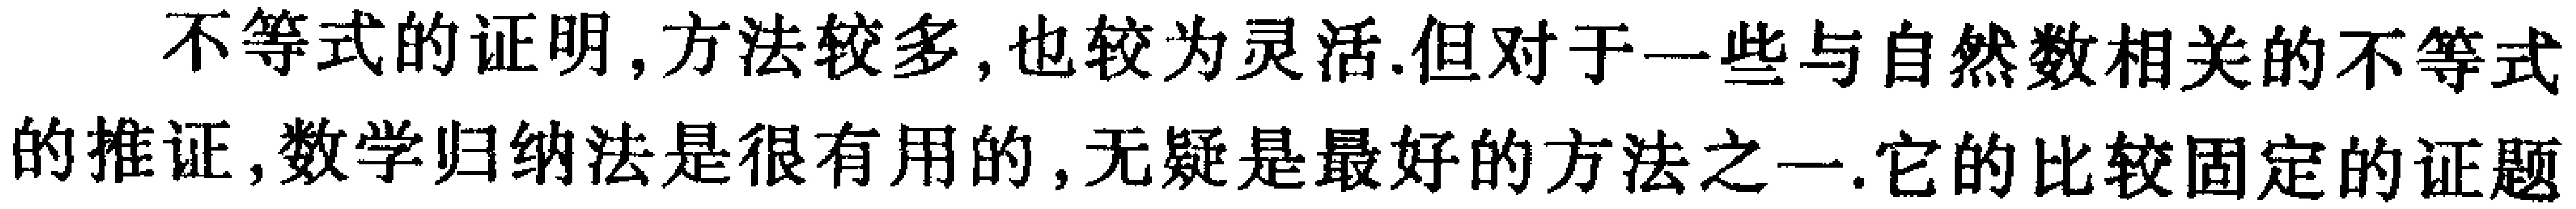
不等式的证明,方法较多,也较为灵活.但对于一些与自然数相关的不等式的推证,数学归纳法是很有用的,无疑是最好的方法之一.它的比较固定的证题